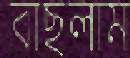
বাছলাম